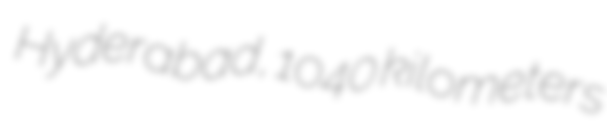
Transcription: Hyderabad, 1040 kilometers